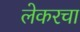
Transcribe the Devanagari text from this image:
लेकरचा